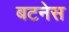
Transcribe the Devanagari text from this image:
बटनेस